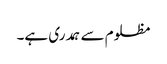
مظلوم سے ہمدری ہے۔